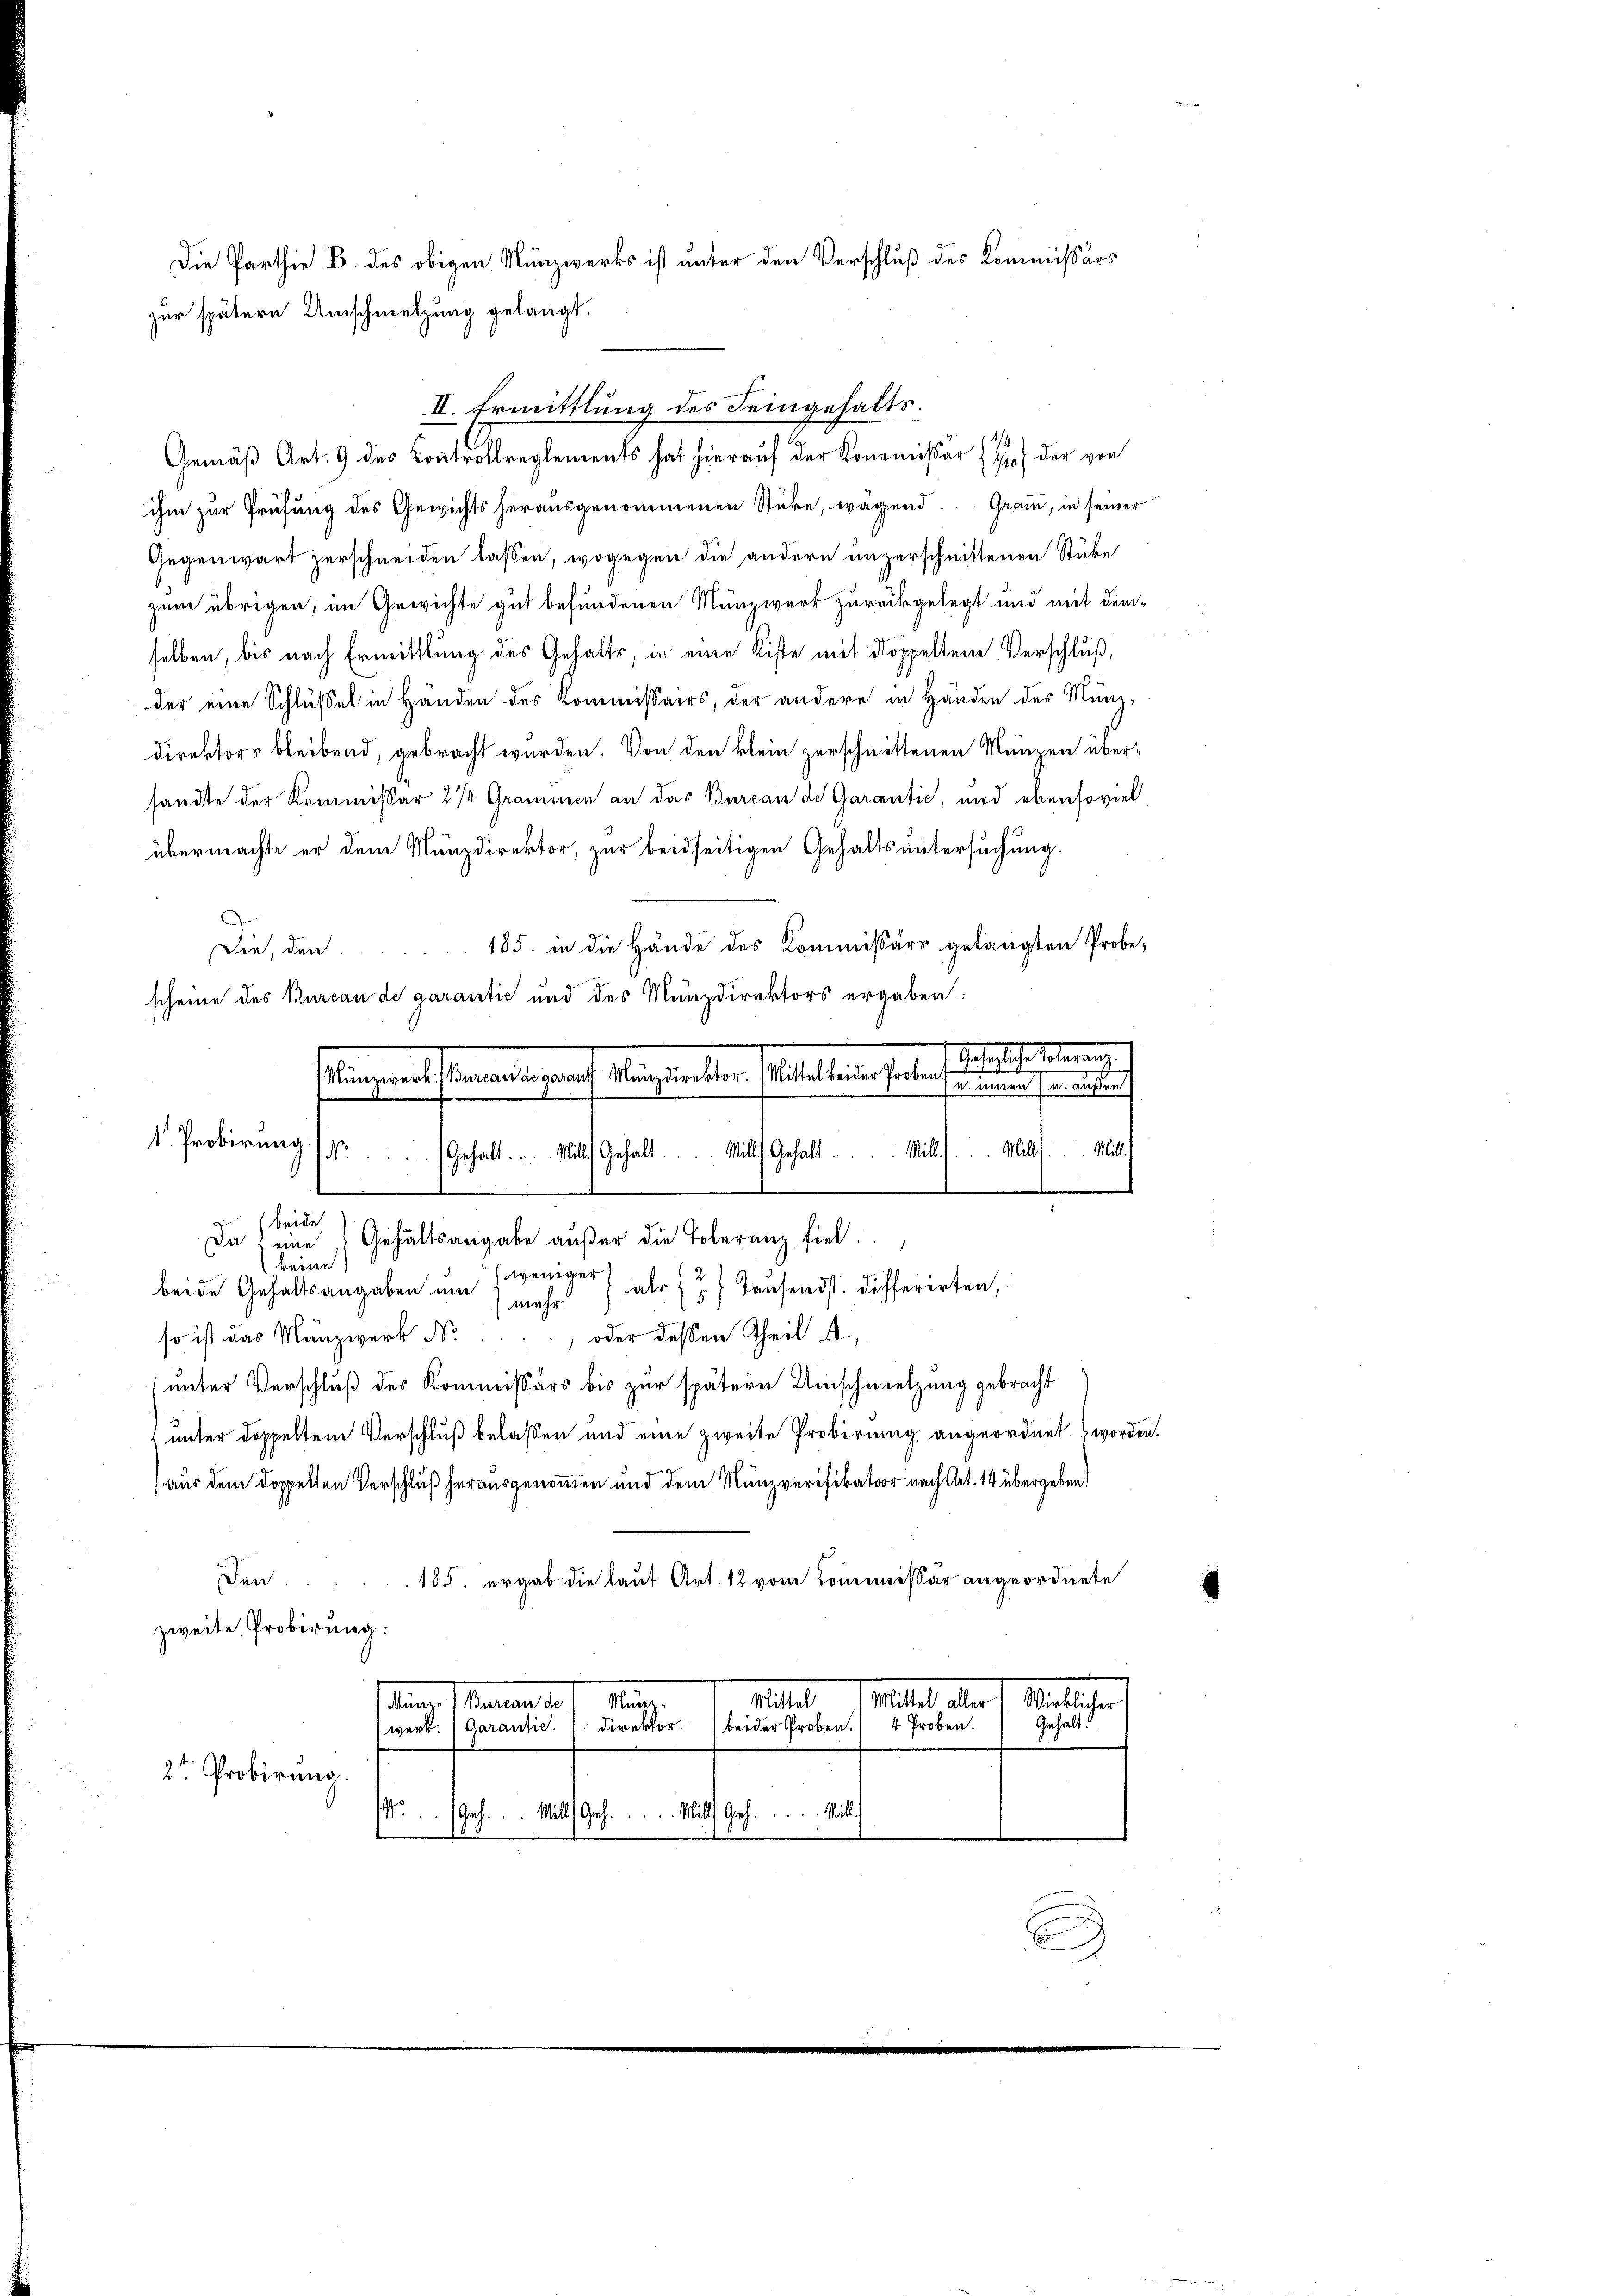
Die Parthie B. des obigen Münzwerks ist unter den Verschluß des Kommissärs
zur spätere Umschmetzung gelangt.

ihm zur Prüfung des Gewichts herausgenommenen Stücke, wegend. Gram, in seiner
Gegenwart zerschneiden lassen, wogegen die andern unzerschnittenen Stücke
zum übrigen, im Gewichte gut befundenen Münzwerk zurückgelegt und mit demselben, bis nach Ermittlung des Gehalts, in eine Kiste mit doppeltem Verschluß,
der eine Schlüßel in Händen des Kommissairs, der andere in Händen des Münzdirektors bleibend, gebracht werden. Von den klein zerschnittenen Münzen übersandte der Kommissär 274 Grammen an das Bureau de Garantie, und ebensoviel
übermachte er dem Münzdirektor, zur beidseitigen Gehaltsuntersuchung.
185. in die Hände des Kommissärs gelangten Probe¬
Die, den
scheine des Bureau de garantić und des Münzdirektors ergaben:
af
Mill

.
beide
g
Da eine Gehaltsangabe außer die Toleranz fiel
keine
weniger als 7 Tausendst. Differirten,
beide Gehaltsangaben um
mehr
 oder deßen Theil A.
so ist das Münzwerk Nr.
unter Verschluß des Kommissärs bis zur spätern Umschmelzung gebracht
unter doppeltem Verschluß belassen und eine zweite Probirung angeordnet worden.
aus dem doppelten Verschluß herausgenommen und dem Münzverifikator nach Art. 14 übergeben,
den.
185. ergab die laut Art. 12 vom Commissär angeordnete
zweite Probirung:
Mittel
Mittelt den
Wirklicher
dem Manuar de
Münz
Gehalt.
4 Proben.
Direktor.
beider Proben.
Garantie.
werk.
2t Probirung.
Geh.  ..  Mlle.  ..  ..  Mlle.  ..  ..  Mit

stung entstandern auf besandten selbe eine eines seitigerung
1. Probirung / Gehalt. ... Mill. Gehalt. ... Mill Gehalt . . . . . . . .  Mitl.

II. Ermittlung des Feingehalts¬
Gemäß Art. 9 des Controllreglements hat hierauf der Kommissär H. der von

E